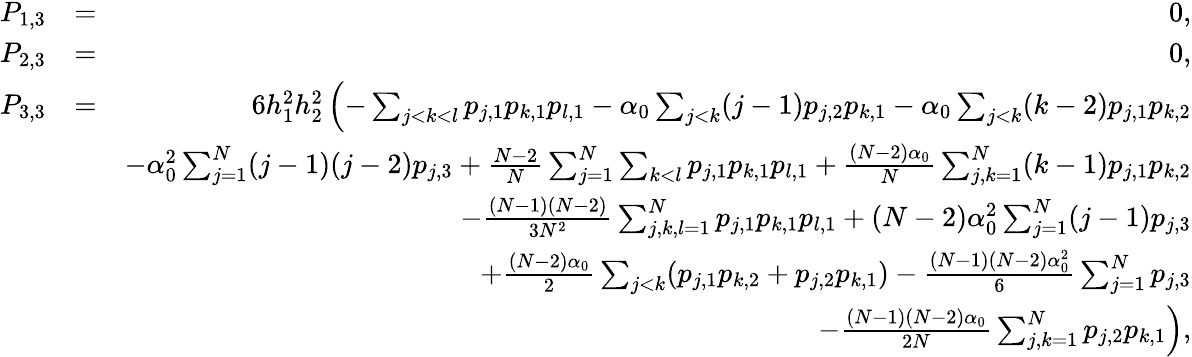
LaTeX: \begin{array}{rlr}{P_{1,3}}&{=}&{0,}\\ {P_{2,3}}&{=}&{0,}\\ {P_{3,3}}&{=}&{6h_{1}^{2}h_{2}^{2}\left(-\sum_{j<k<l}p_{j,1}p_{k,1}p_{l,1}-\alpha_{0}\sum_{j<k}(j-1)p_{j,2}p_{k,1}\right.-\alpha_{0}\sum_{j<k}(k-2)p_{j,1}p_{k,2}}\\ &{}&{-{\alpha_{0}^{2}}\sum_{j=1}^{N}(j-1)(j-2)p_{j,3}+\frac{N-2}{N}\sum_{j=1}^{N}\sum_{k<l}p_{j,1}p_{k,1}p_{l,1}+\frac{(N-2)\alpha_{0}}{N}\sum_{j,k=1}^{N}(k-1)p_{j,1}p_{k,2}}\\ &{}&{-\frac{(N-1)(N-2)}{3N^{2}}\sum_{j,k,l=1}^{N}p_{j,1}p_{k,1}p_{l,1}+{(N-2)\alpha_{0}^{2}}\sum_{j=1}^{N}(j-1)p_{j,3}}\\ &{}&{+\frac{(N-2)\alpha_{0}}{2}\sum_{j<k}(p_{j,1}p_{k,2}+p_{j,2}p_{k,1})-\frac{(N-1)(N-2)\alpha_{0}^{2}}{6}\sum_{j=1}^{N}p_{j,3}}\\ &{}&{\left.-\frac{(N-1)(N-2)\alpha_{0}}{2N}\sum_{j,k=1}^{N}p_{j,2}p_{k,1}\right),}\end{array}